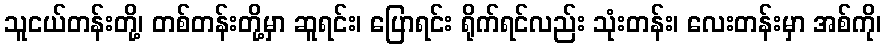
သူငယ်တန်းတို့၊ တစ်တန်းတို့မှာ ဆူရင်း၊ ပြောရင်း ရိုက်ရင်လည်း သုံးတန်း၊ လေးတန်းမှာ အစ်ကို၊